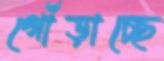
গোঁড়াচ্ছে